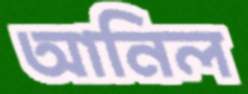
আনিল